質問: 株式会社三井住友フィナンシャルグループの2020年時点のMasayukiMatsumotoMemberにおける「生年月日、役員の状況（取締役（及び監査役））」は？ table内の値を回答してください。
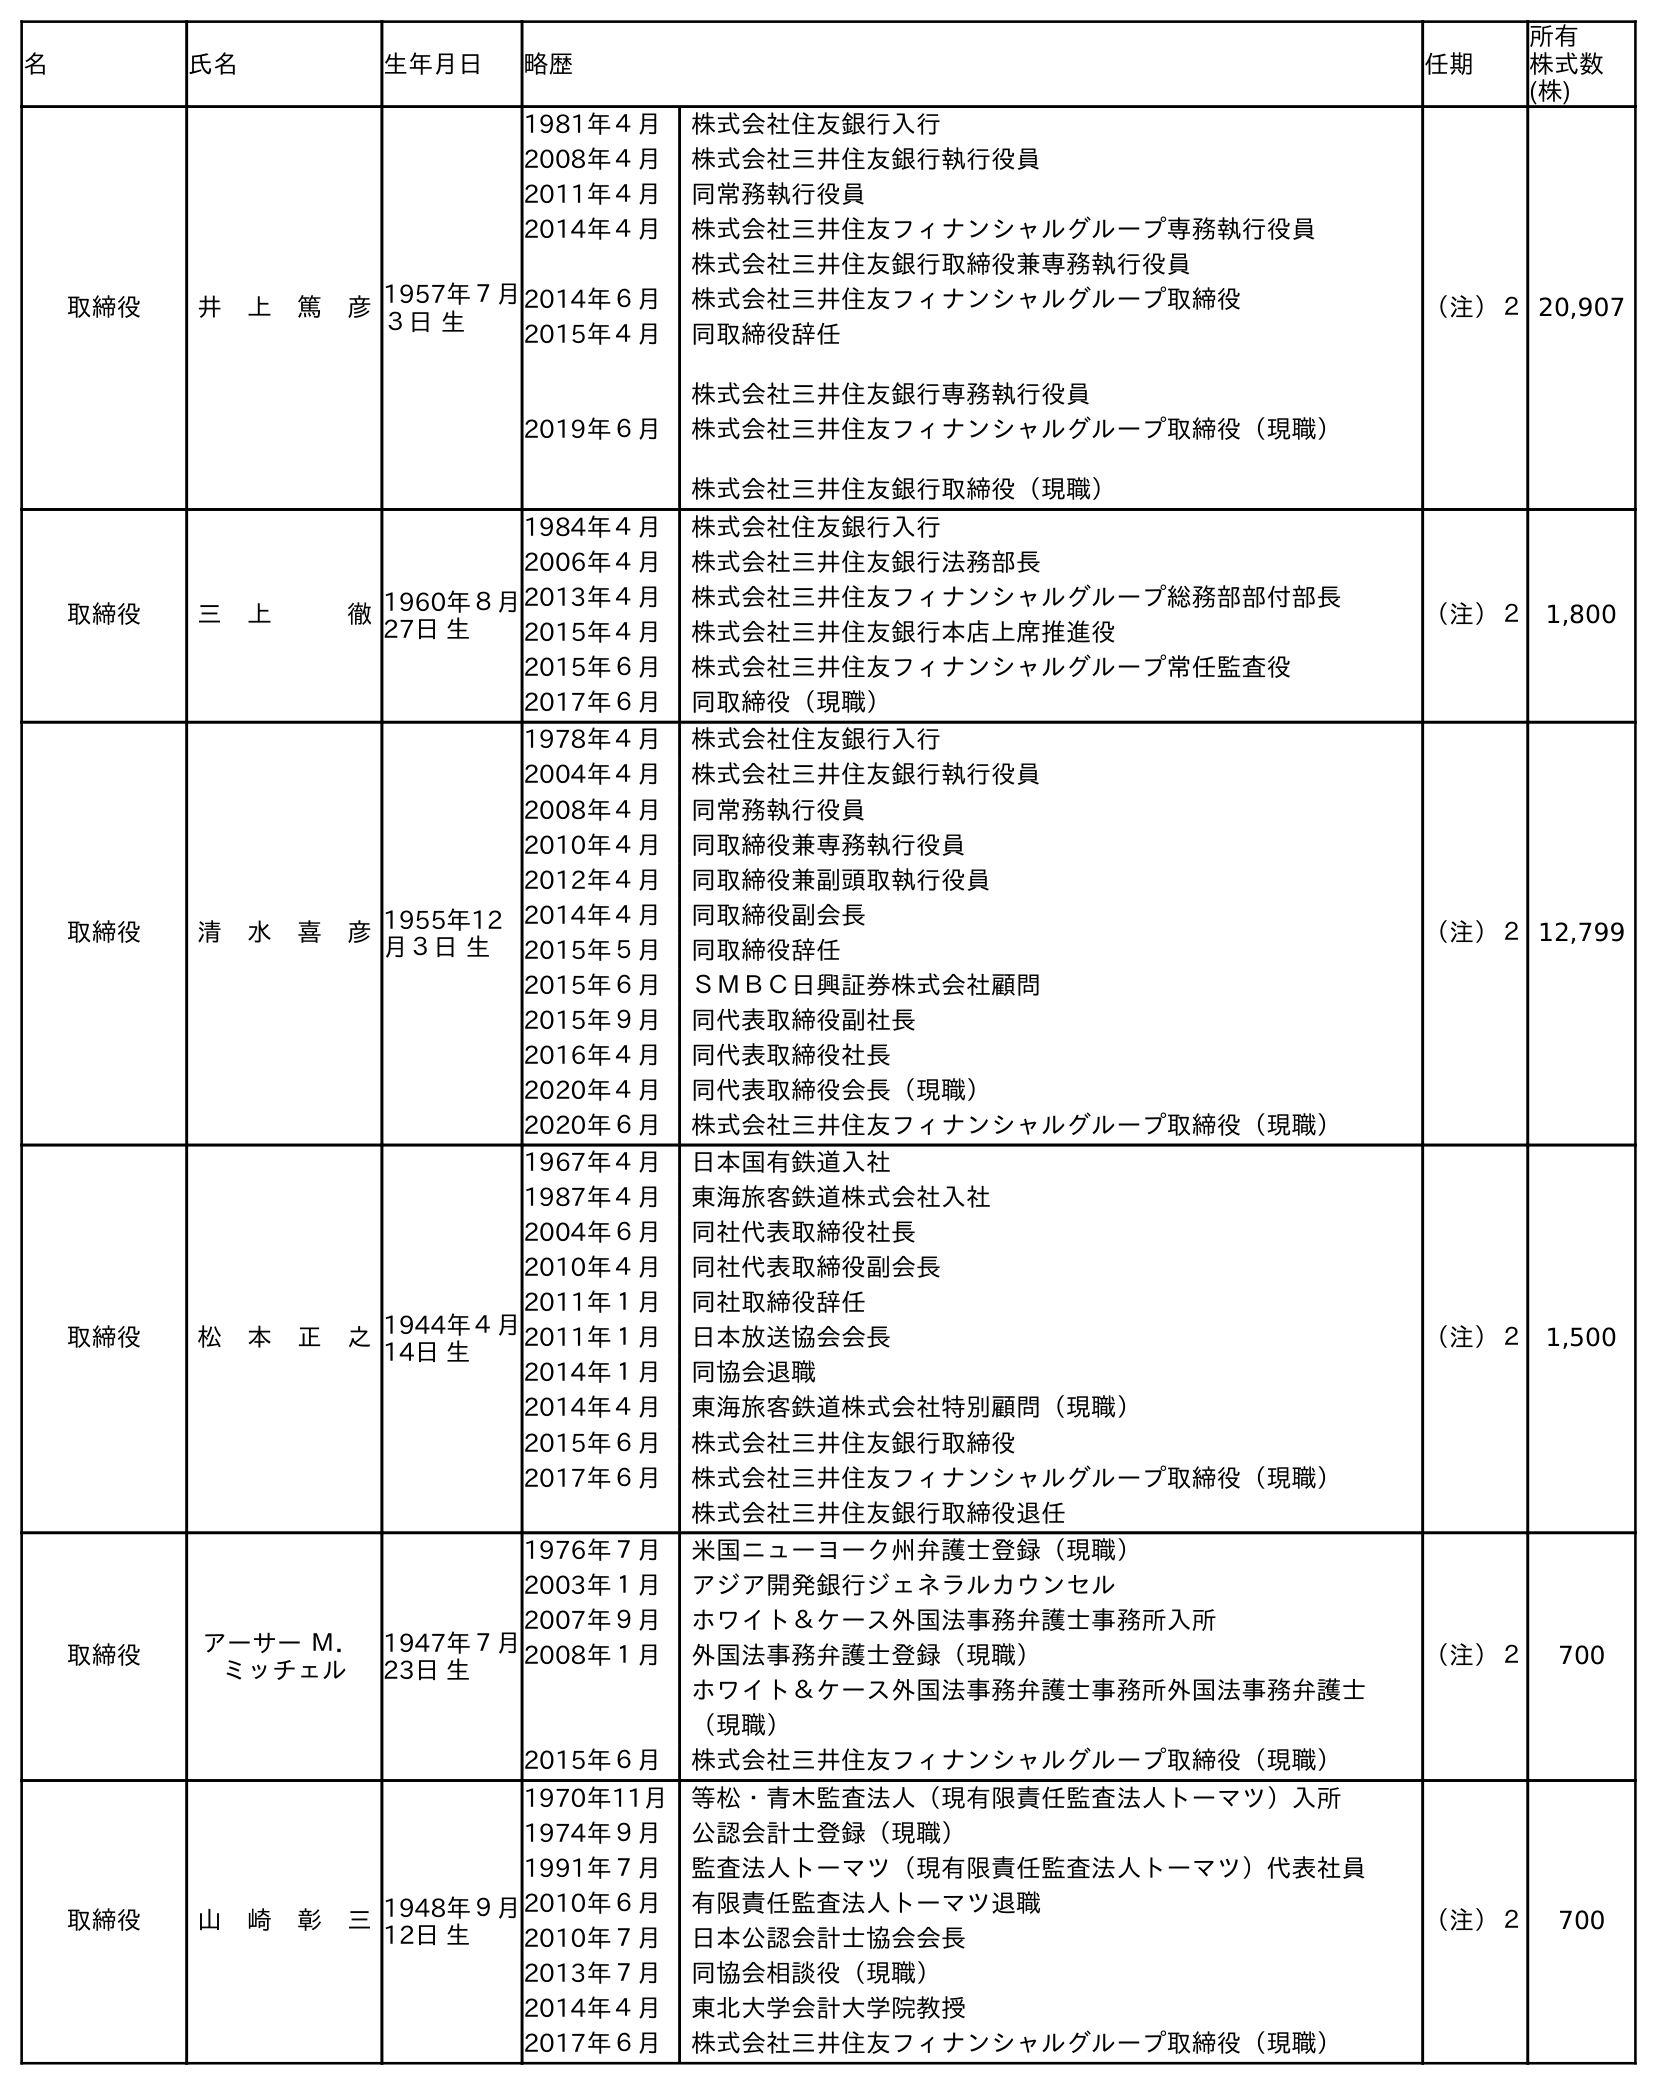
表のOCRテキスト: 名 氏名 生年月日 略歴 任期 所有 株式数 (株) 取締役 井 上 篤 彦1957年７月 ３日 生 1981年４月 株式会社住友銀行入行 2008年４月 株式会社三井住友銀行執行役員 2011年４月 同常務執行役員 2014年４月 株式会社三井住友フィナンシャルグループ専務執行役員 株式会社三井住友銀行取締役兼専務執行役員 2014年６月 株式会社三井住友フィナンシャルグループ取締役 2015年４月 同取締役辞任 株式会社三井住友銀行専務執行役員 2019年６月 株式会社三井住友フィナンシャルグループ取締役（現職） 株式会社三井住友銀行取締役（現職） （注）２20,907 取締役 三 上   徹1960年８月 27日 生 1984年４月 株式会社住友銀行入行 2006年４月 株式会社三井住友銀行法務部長 2013年４月 株式会社三井住友フィナンシャルグループ総務部部付部長 2015年４月 株式会社三井住友銀行本店上席推進役 2015年６月 株式会社三井住友フィナンシャルグループ常任監査役 2017年６月 同取締役（現職） （注）２ 1,800 取締役 清 水 喜 彦1955年12 月３日 生 1978年４月 株式会社住友銀行入行 2004年４月 株式会社三井住友銀行執行役員 2008年４月 同常務執行役員 2010年４月 同取締役兼専務執行役員 2012年４月 同取締役兼副頭取執行役員 2014年４月 同取締役副会長 2015年５月 同取締役辞任 2015年６月 ＳＭＢＣ日興証券株式会社顧問 2015年９月 同代表取締役副社長 2016年４月 同代表取締役社長 2020年４月 同代表取締役会長（現職） 2020年６月 株式会社三井住友フィナンシャルグループ取締役（現職） （注）２12,799 取締役 松 本 正 之1944年４月 14日 生 1967年４月 日本国有鉄道入社 1987年４月 東海旅客鉄道株式会社入社 2004年６月 同社代表取締役社長 2010年４月 同社代表取締役副会長 2011年１月 同社取締役辞任 2011年１月 日本放送協会会長 2014年１月 同協会退職 2014年４月 東海旅客鉄道株式会社特別顧問（現職） 2015年６月 株式会社三井住友銀行取締役 2017年６月 株式会社三井住友フィナンシャルグループ取締役（現職） 株式会社三井住友銀行取締役退任 （注）２ 1,500 取締役 アーサー Ｍ． ミッチェル 1947年７月 23日 生 1976年７月 米国ニューヨーク州弁護士登録（現職） 2003年１月 アジア開発銀行ジェネラルカウンセル 2007年９月 ホワイト＆ケース外国法事務弁護士事務所入所 2008年１月 外国法事務弁護士登録（現職） ホワイト＆ケース外国法事務弁護士事務所外国法事務弁護士 （現職） 2015年６月 株式会社三井住友フィナンシャルグループ取締役（現職） （注）２ 700 取締役 山 崎 彰 三1948年９月 12日 生 1970年11月 等松・青木監査法人（現有限責任監査法人トーマツ）入所 1974年９月 公認会計士登録（現職） 1991年７月 監査法人トーマツ（現有限責任監査法人トーマツ）代表社員 2010年６月 有限責任監査法人トーマツ退職 2010年７月 日本公認会計士協会会長 2013年７月 同協会相談役（現職） 2014年４月 東北大学会計大学院教授 2017年６月 株式会社三井住友フィナンシャルグループ取締役（現職） （注）２ 700
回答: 1944年４月14日生